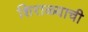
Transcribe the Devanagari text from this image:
शिराळ्याची